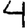
Digit: 4